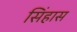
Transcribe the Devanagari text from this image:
सिंहास